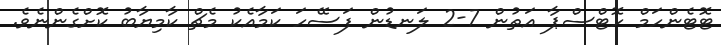
ޓޮޓެންހަމް ހޮޓްސްޕާ އަތުން 7-2 ލަނޑުން ފަސޭހަ ކަމާއެކު މެޗް ކާމިޔާބު ކޮށްގެންނެވެ.